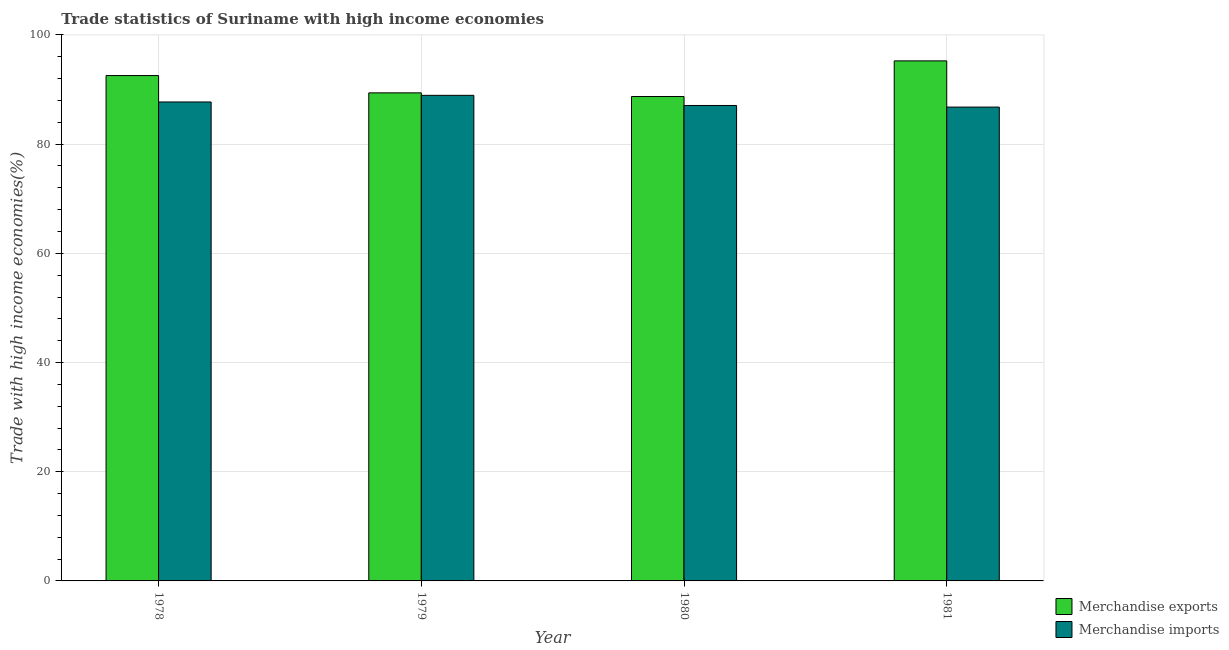
| Year | Merchandise exports | Merchandise imports |
 | --- | --- | --- |
 | 1978 | 92.6 | 87.7 |
 | 1979 | 89.4 | 88.9 |
 | 1980 | 88.7 | 87.1 |
 | 1981 | 95.2 | 86.8 |